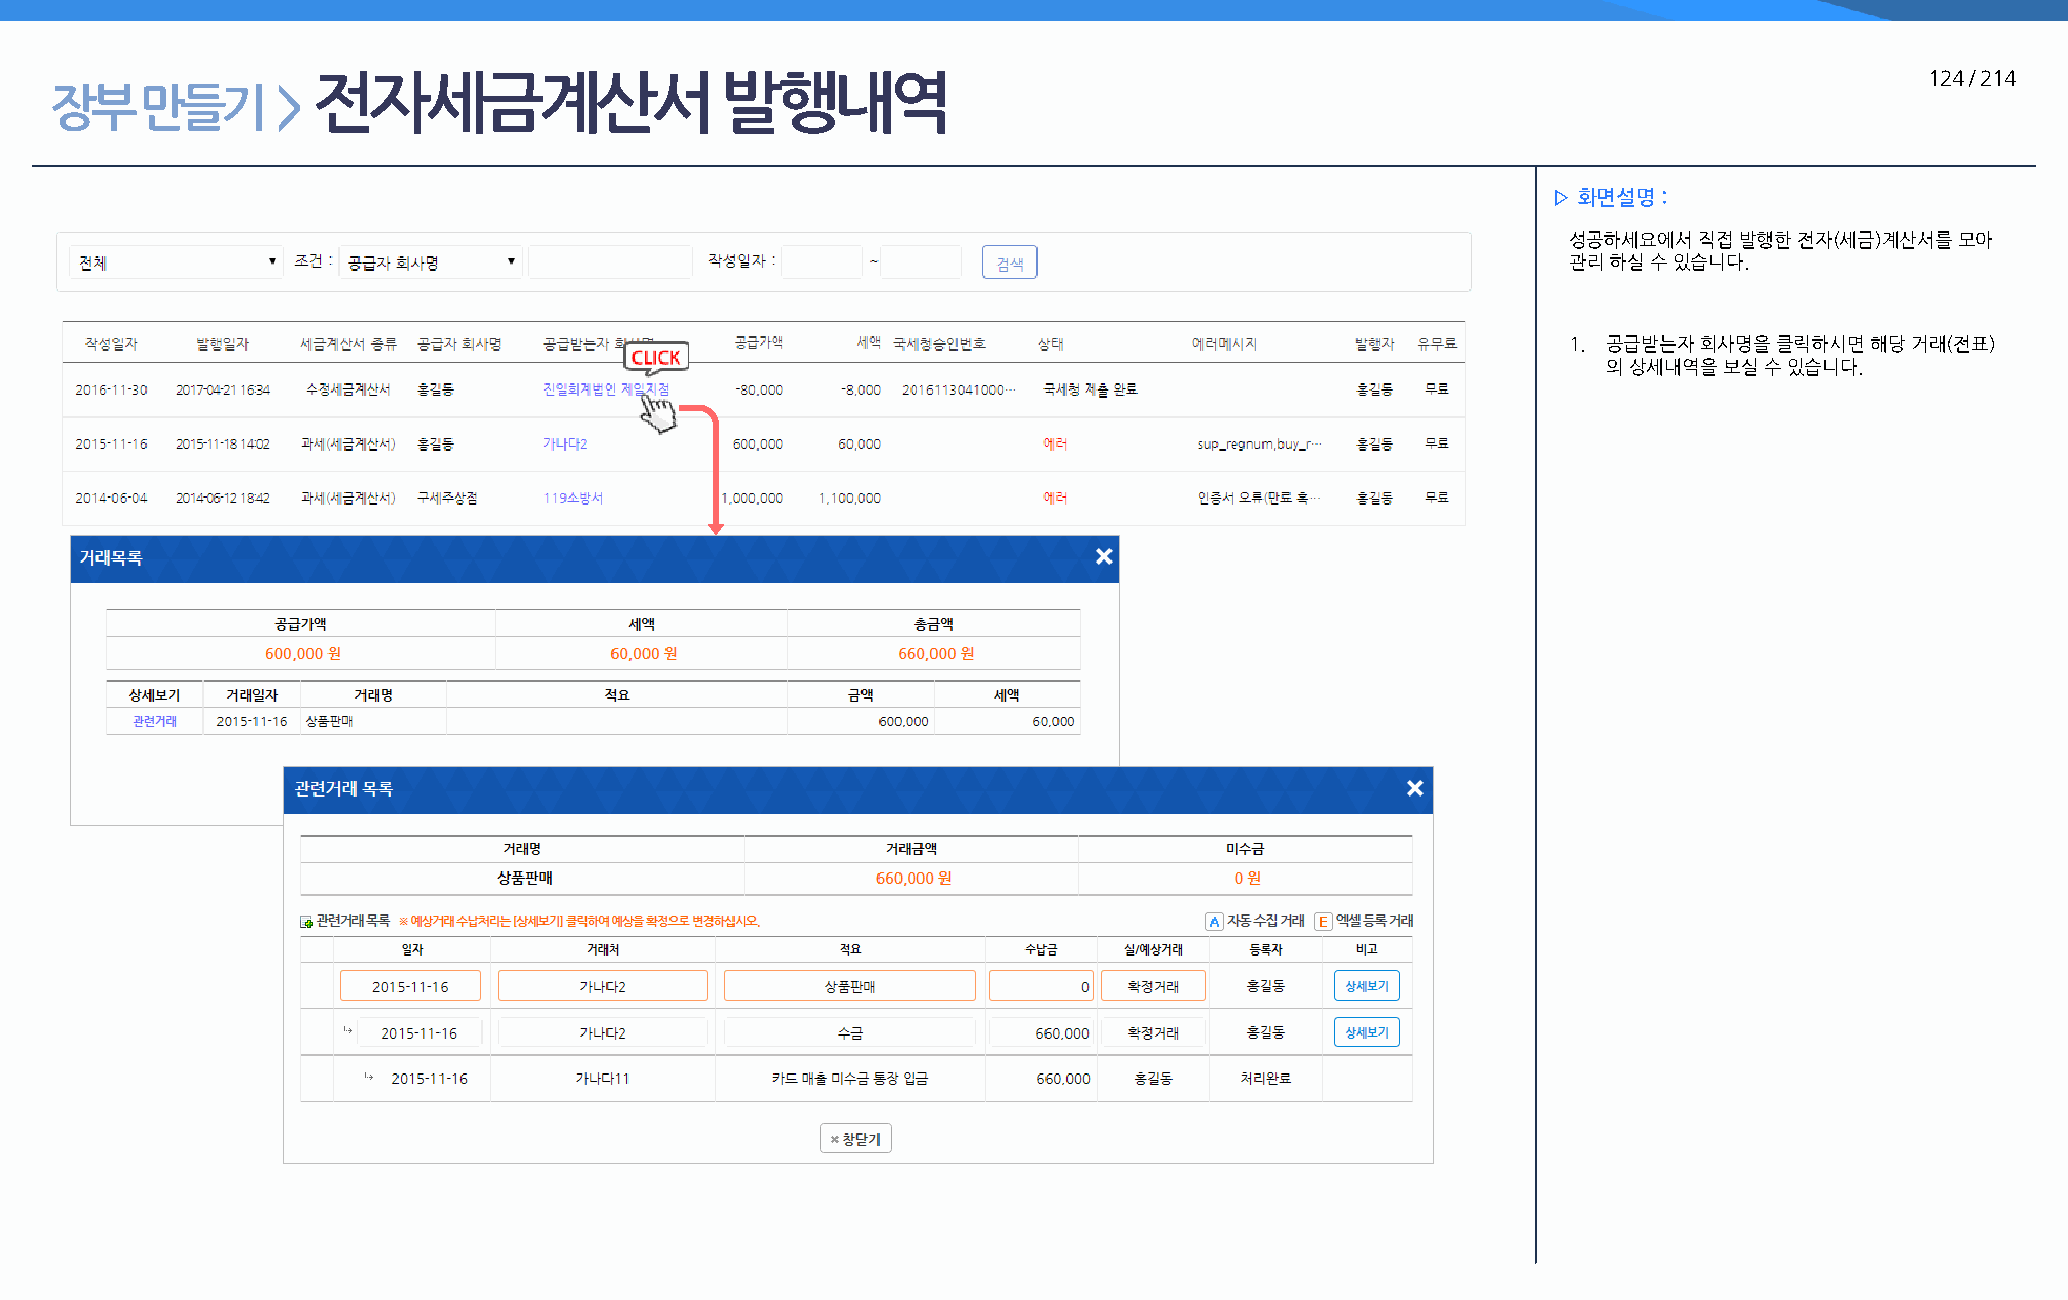
전자세금계산서                    발행내역                                                                            124 / 214
 장부    만들기      >
 ▷ 화면설명 :
 성공하세요에서 직접 발행한 전자(세금)계산서를 모아
 관리 하실 수 있습니다.
 1. 공급받는자 회사명을 클릭하시면 해당 거래(전표)
 의 상세내역을 보실 수 있습니다.